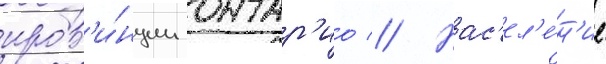
пров'и́нции онтар'ио // Нас'ел'е́н'ие